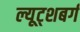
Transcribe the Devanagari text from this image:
ल्यूट्शबर्ग